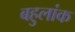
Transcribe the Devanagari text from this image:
बहुलांक